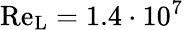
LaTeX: \mathrm{Re}_{\mathrm{L}}=1.4\cdot 10^{7}